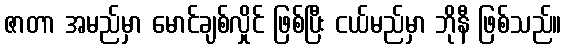
ဇာတာ အမည်မှာ မောင်ချစ်လှိုင် ဖြစ်ပြီး ငယ်မည်မှာ ဘိုနီ ဖြစ်သည်။